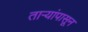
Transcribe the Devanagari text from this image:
तार्‍यांपासून